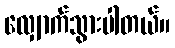
လျှောက်သွားပါတယ်။